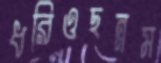
ধরিওছন্নম